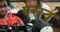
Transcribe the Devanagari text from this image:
पसव